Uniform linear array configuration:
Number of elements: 4
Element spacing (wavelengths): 0.75
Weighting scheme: exponential
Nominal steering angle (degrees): -60
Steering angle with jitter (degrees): -59.596
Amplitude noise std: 0.05
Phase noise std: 0.05

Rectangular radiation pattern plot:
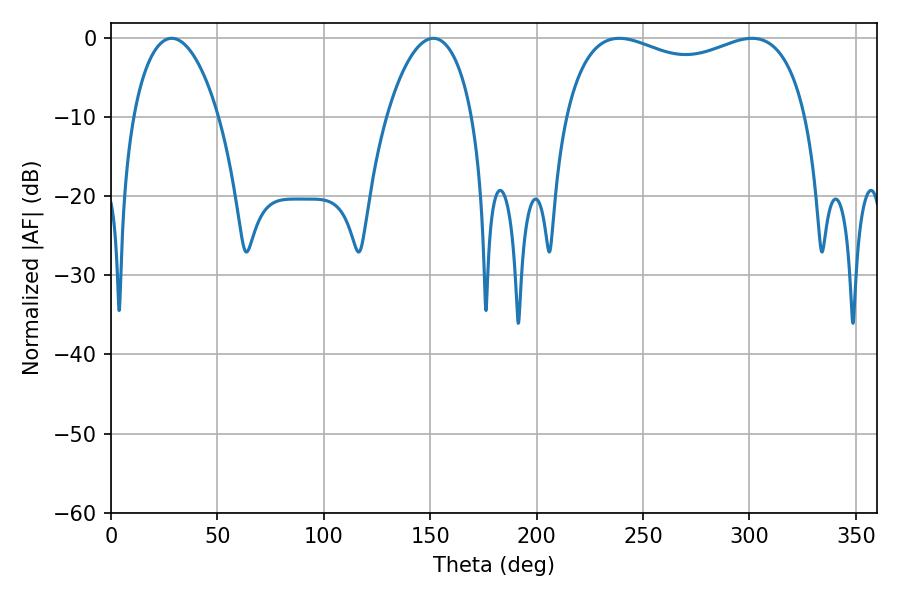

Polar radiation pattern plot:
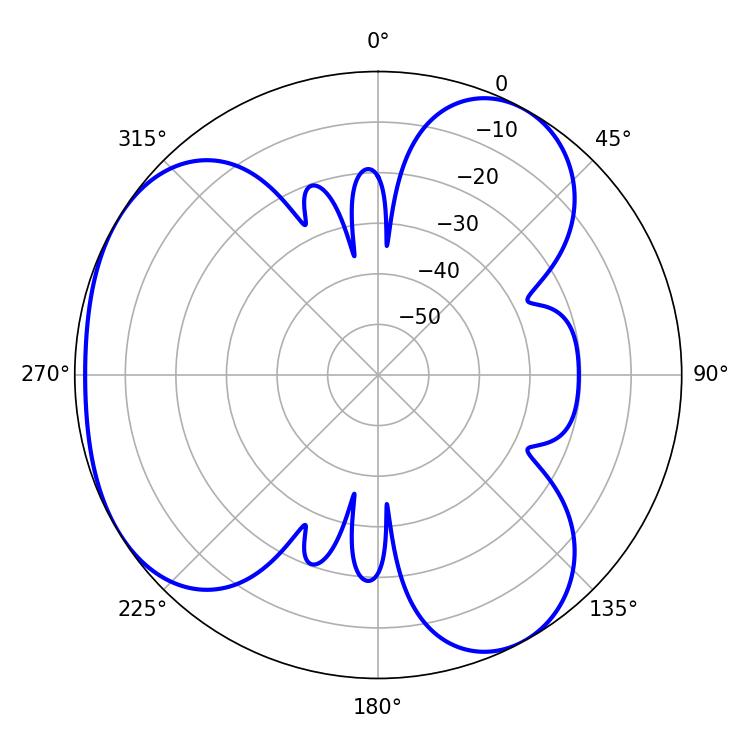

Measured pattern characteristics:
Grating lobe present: TRUE
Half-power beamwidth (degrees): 93.96
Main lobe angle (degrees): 238.86